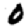
Digit: 0